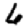
Digit: 6